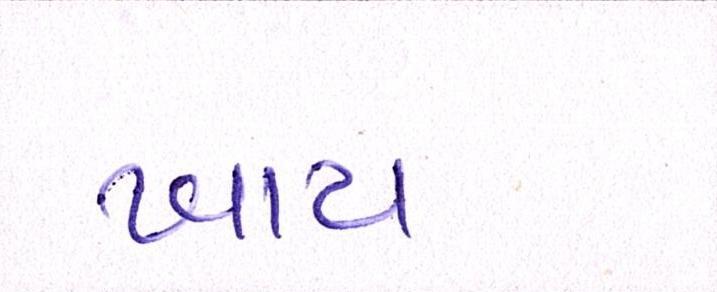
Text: ખાય